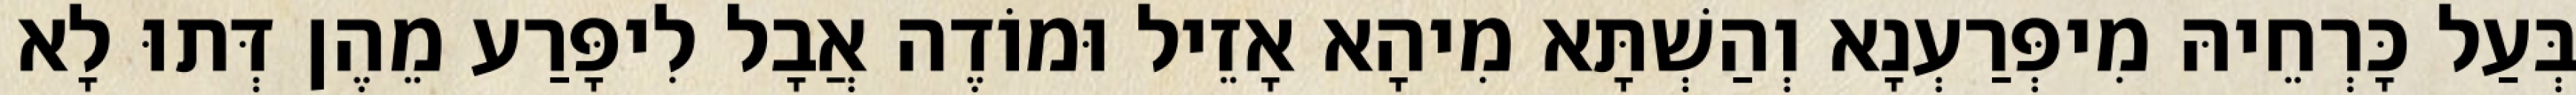
בְּעַל כָּרְחֵיהּ מִיפְּרַעְנָא וְהַשְׁתָּא מִיהָא אָזֵיל וּמוֹדֶה אֲבָל לִיפָּרַע מֵהֶן דְּתוּ לָא